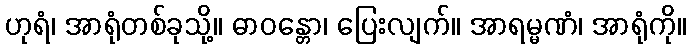
ဟုရံ၊ အာရုံတစ်ခုသို့။ ဓာဝန္တော၊ ပြေးလျက်။ အာရမ္မဏံ၊ အာရုံကို။